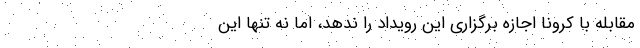
مقابله با کرونا اجازه برگزاری این رویداد را ندهد، اما نه تنها این